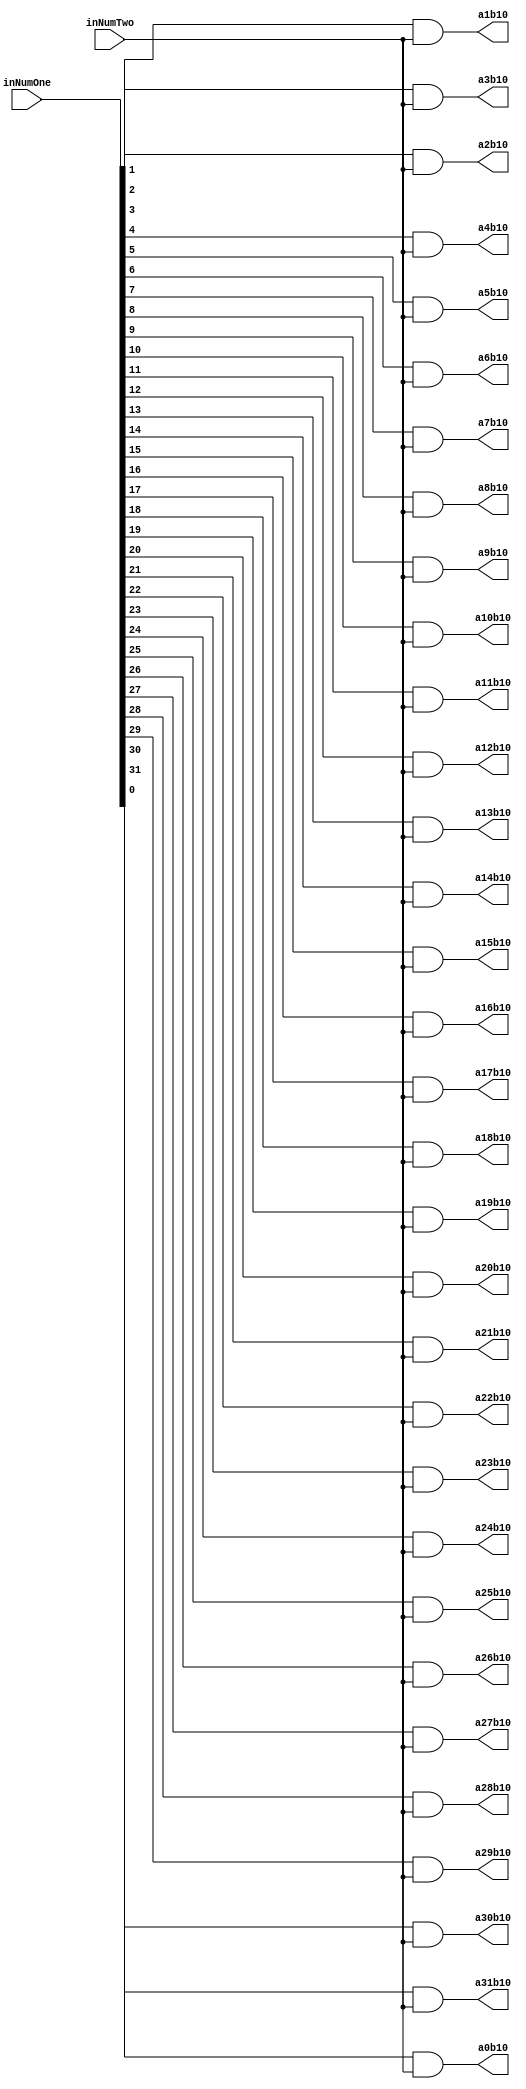
`timescale 1ns / 1ps

module PartialProductRow10(inNumOne,inNumTwo,a0b10,a1b10,a2b10,a3b10,a4b10,a5b10,a6b10,a7b10,a8b10,a9b10,a10b10,a11b10,a12b10,a13b10,a14b10,a15b10,a16b10,a17b10,a18b10,a19b10,a20b10,a21b10,a22b10,a23b10,a24b10,a25b10,a26b10,a27b10,a28b10,a29b10,a30b10,a31b10);
input [31:0] inNumOne;
input inNumTwo;
output reg a0b10,a1b10,a2b10,a3b10,a4b10,a5b10,a6b10,a7b10,a8b10,a9b10,a10b10,a11b10,a12b10,a13b10,a14b10,a15b10,a16b10,a17b10,a18b10,a19b10,a20b10,a21b10,a22b10,a23b10,a24b10,a25b10,a26b10,a27b10,a28b10,a29b10,a30b10,a31b10;

always@(inNumOne,inNumTwo)begin
	a0b10 <= inNumOne[0] & inNumTwo;
	a1b10 <= inNumOne[1] & inNumTwo;
	a2b10 <= inNumOne[2] & inNumTwo;
	a3b10 <= inNumOne[3] & inNumTwo;
	a4b10 <= inNumOne[4] & inNumTwo;
	a5b10 <= inNumOne[5] & inNumTwo;
	a6b10 <= inNumOne[6] & inNumTwo;
	a7b10 <= inNumOne[7] & inNumTwo;
	a8b10 <= inNumOne[8] & inNumTwo;
	a9b10 <= inNumOne[9] & inNumTwo;
	a10b10 <= inNumOne[10] & inNumTwo;
	a11b10 <= inNumOne[11] & inNumTwo;
	a12b10 <= inNumOne[12] & inNumTwo;
	a13b10 <= inNumOne[13] & inNumTwo;
	a14b10 <= inNumOne[14] & inNumTwo;
	a15b10 <= inNumOne[15] & inNumTwo;
	a16b10 <= inNumOne[16] & inNumTwo;
	a17b10 <= inNumOne[17] & inNumTwo;
	a18b10 <= inNumOne[18] & inNumTwo;
	a19b10 <= inNumOne[19] & inNumTwo;
	a20b10 <= inNumOne[20] & inNumTwo;
	a21b10 <= inNumOne[21] & inNumTwo;
	a22b10 <= inNumOne[22] & inNumTwo;
	a23b10 <= inNumOne[23] & inNumTwo;
	a24b10 <= inNumOne[24] & inNumTwo;
	a25b10 <= inNumOne[25] & inNumTwo;
	a26b10 <= inNumOne[26] & inNumTwo;
	a27b10 <= inNumOne[27] & inNumTwo;
	a28b10 <= inNumOne[28] & inNumTwo;
	a29b10 <= inNumOne[29] & inNumTwo;
	a30b10 <= inNumOne[30] & inNumTwo;
	a31b10 <= inNumOne[31] & inNumTwo;
end

endmodule